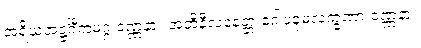
အရိယအဋ္ဌင်္ဂီကမဂ္ဂ ဝဏ္ဏနာ။ အဘိနီလနေတ္တ ဂေါပခုမလက္ခဏာ ဝဏ္ဏနာ။